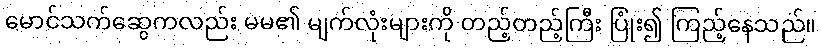
မောင်သက်ဆွေကလည်း မမ၏ မျက်လုံးများကို တည့်တည့်ကြီး ပြုံး၍ ကြည့်နေသည်။